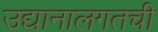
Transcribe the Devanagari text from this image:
उद्यानालगतची